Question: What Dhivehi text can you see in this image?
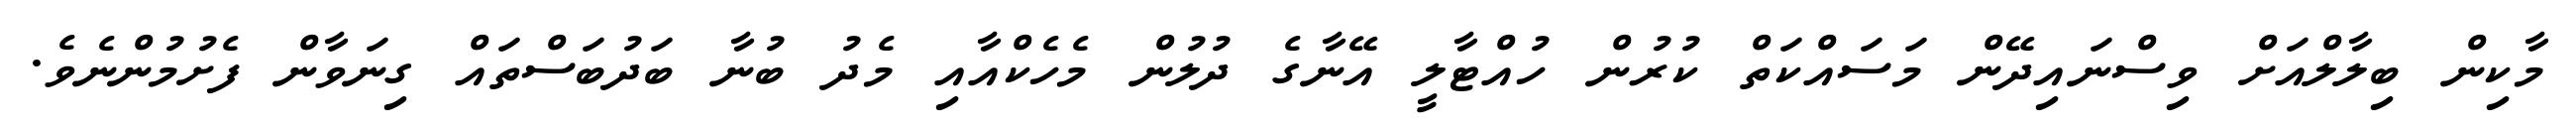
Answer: މާކިން ބިލާލްއަށް ވިސްނައިދޭން މަސައްކަތް ކުރުން ހުއްޓާލީ އޭނާގެ ދުލުން މެހެކްއާއި މެދު ބުނާ ބަދުބަސްތައް ގިނަވާން ފެށުމުންނެވެ.